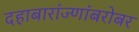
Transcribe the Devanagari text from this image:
दहाबारांज्णांबरोबर